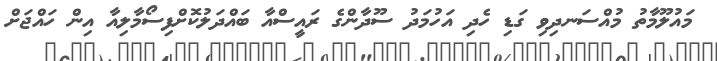
މައުލޫމާތު މުއްސަނދިވި ގަޑި ހެދި އަހުމަދު ސޫދާންގެ ރައީސްއާ ބައްދަލުކޮށްފިސޯމާލިއާ އިން ހައްޖަށް